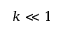
k \ll 1